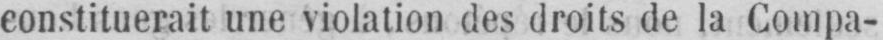
constituerait une violation des droits de la Compa-